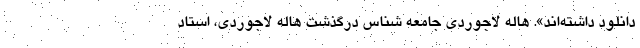
دانلود داشته‌اند». هاله لاجوردی جامعه شناس درگذشت هاله لاجوردی، استاد